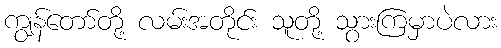
ကျွန်တော်တို့ လမ်းအတိုင်း သူတို့ သွားကြမှာပဲလား